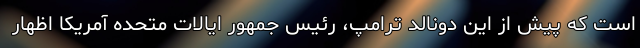
است که پیش از این دونالد ترامپ، رئیس جمهور ایالات متحده آمریکا اظهار